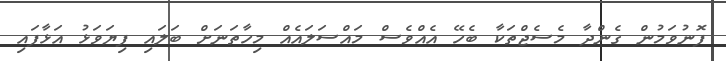
ފޮނުވަމުން ގެންދާ މެސެޖްތަކާ ބެހޭ އެއްވެސް މައްސަލައެއް މިހާތަނަށް ބަލައި ފިޔަވަޅު އަޅާފައި